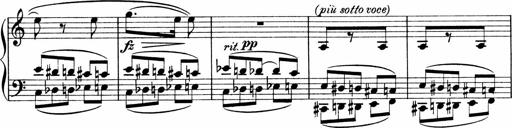
Title: Sonatina No.1
Composer: Otto Stoll
Key: C major